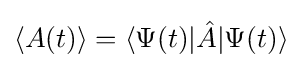
\langle A(t)\rangle =\langle \Psi (t)|{\hat {A}}|\Psi (t)\rangle